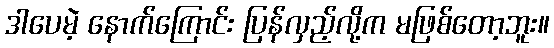
ဒါပေမဲ့ နောက်ကြောင်း ပြန်လှည့်လို့က မဖြစ်တော့ဘူး။